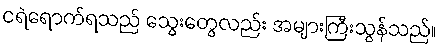
ငရဲရောက်ရသည် သွေးတွေလည်း အများကြီးသွန်သည်။